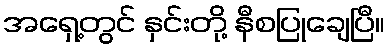
အရှေ့တွင် နှင်းတို့ နီစပြုချေပြီ။